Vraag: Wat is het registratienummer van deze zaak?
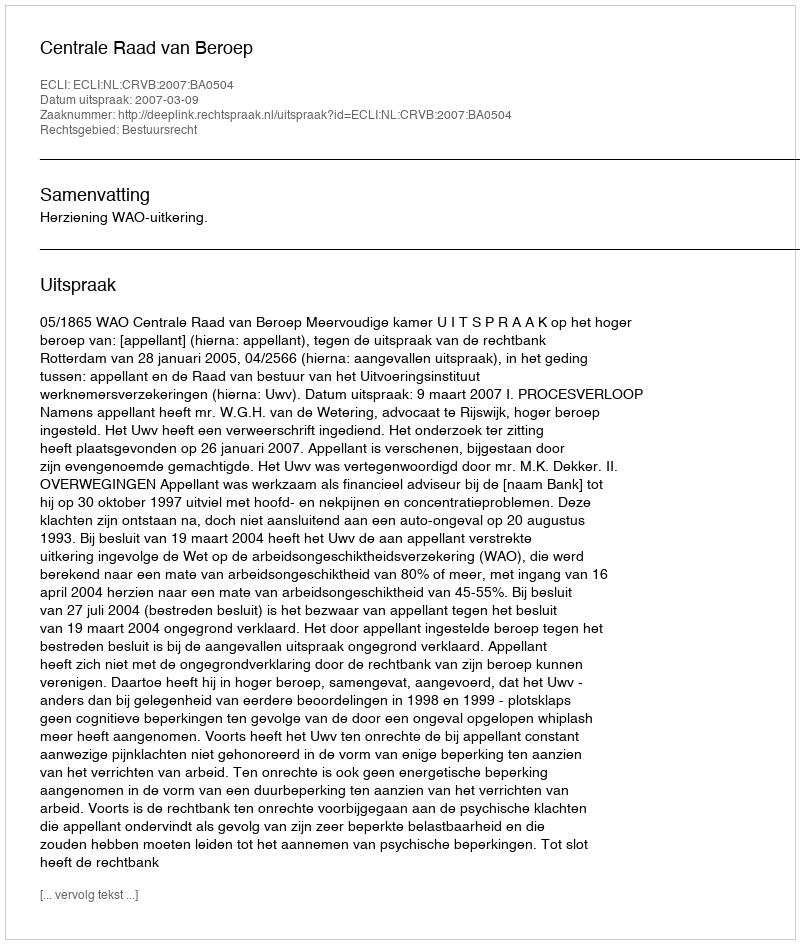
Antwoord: http://deeplink.rechtspraak.nl/uitspraak?id=ECLI:NL:CRVB:2007:BA0504